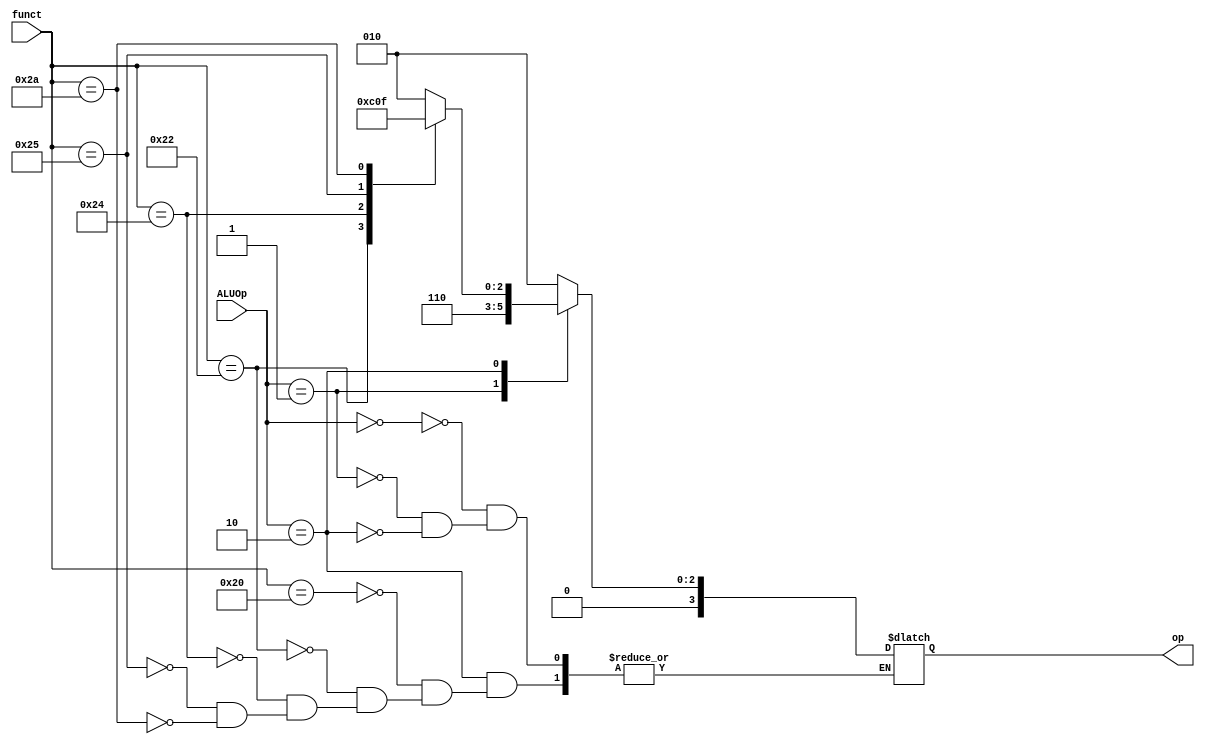
module ALUctrl(ALUOp, funct, op);
	input		[1:0]	ALUOp;
	input		[5:0]	funct;
	output	reg	[3:0]	op;

	parameter 	ADD	= 6'b100000,
				SUB	= 6'b100010,
				AND	= 6'b100100,
				OR	= 6'b100101,
				SLT	= 6'b101010;

	always @(*) begin
		case (ALUOp)
			2'b00 : begin
				op <= 4'b0010;
			end
			2'b01 : begin
				op <= 4'b0110;
			end
			2'b10 : begin
				case (funct)
					ADD	: begin
						op <= 4'b0010;
					end
					SUB	: begin
						op <= 4'b0110;
					end
					AND	: begin
						op <= 4'b0000;
					end
					OR	: begin
						op <= 4'b0001;
					end
					SLT	: begin
						op <= 4'b0111;
					end
				endcase
			end
		endcase
	end
endmodule